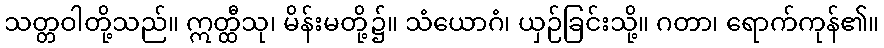
သတ္တဝါတို့သည်။ ဣတ္ထီသု၊ မိန်းမတို့၌။ သံယောဂံ၊ ယှဉ်ခြင်းသို့။ ဂတာ၊ ရောက်ကုန်၏။